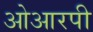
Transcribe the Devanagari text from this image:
ओआरपी